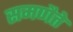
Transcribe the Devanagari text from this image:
समणैते